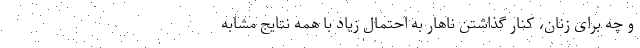
و چه برای زنان، کنار گذاشتن ناهار به احتمال زیاد با همه نتایج مشابه